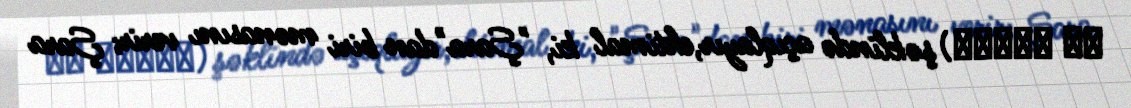
ذو الشرى) şəklində açıqlayır,ehtimal ki, "Şara"dan biri mənasını verir; Şara